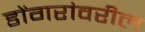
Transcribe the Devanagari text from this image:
डोंगरांवरील